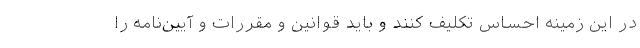
در این زمینه احساس تکلیف کنند و باید قوانین و مقررات و آیین‌نامه را